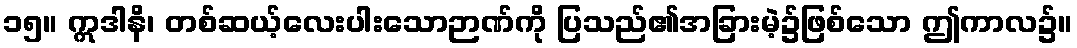
၁၅။ ဣဒါနိ၊ တစ်ဆယ့်လေးပါးသောဉာဏ်ကို ပြသည်၏အခြားမဲ့၌ဖြစ်သော ဤကာလ၌။